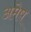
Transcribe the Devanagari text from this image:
अमेष